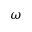
\omega